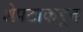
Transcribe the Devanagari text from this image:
शेपटाकडून